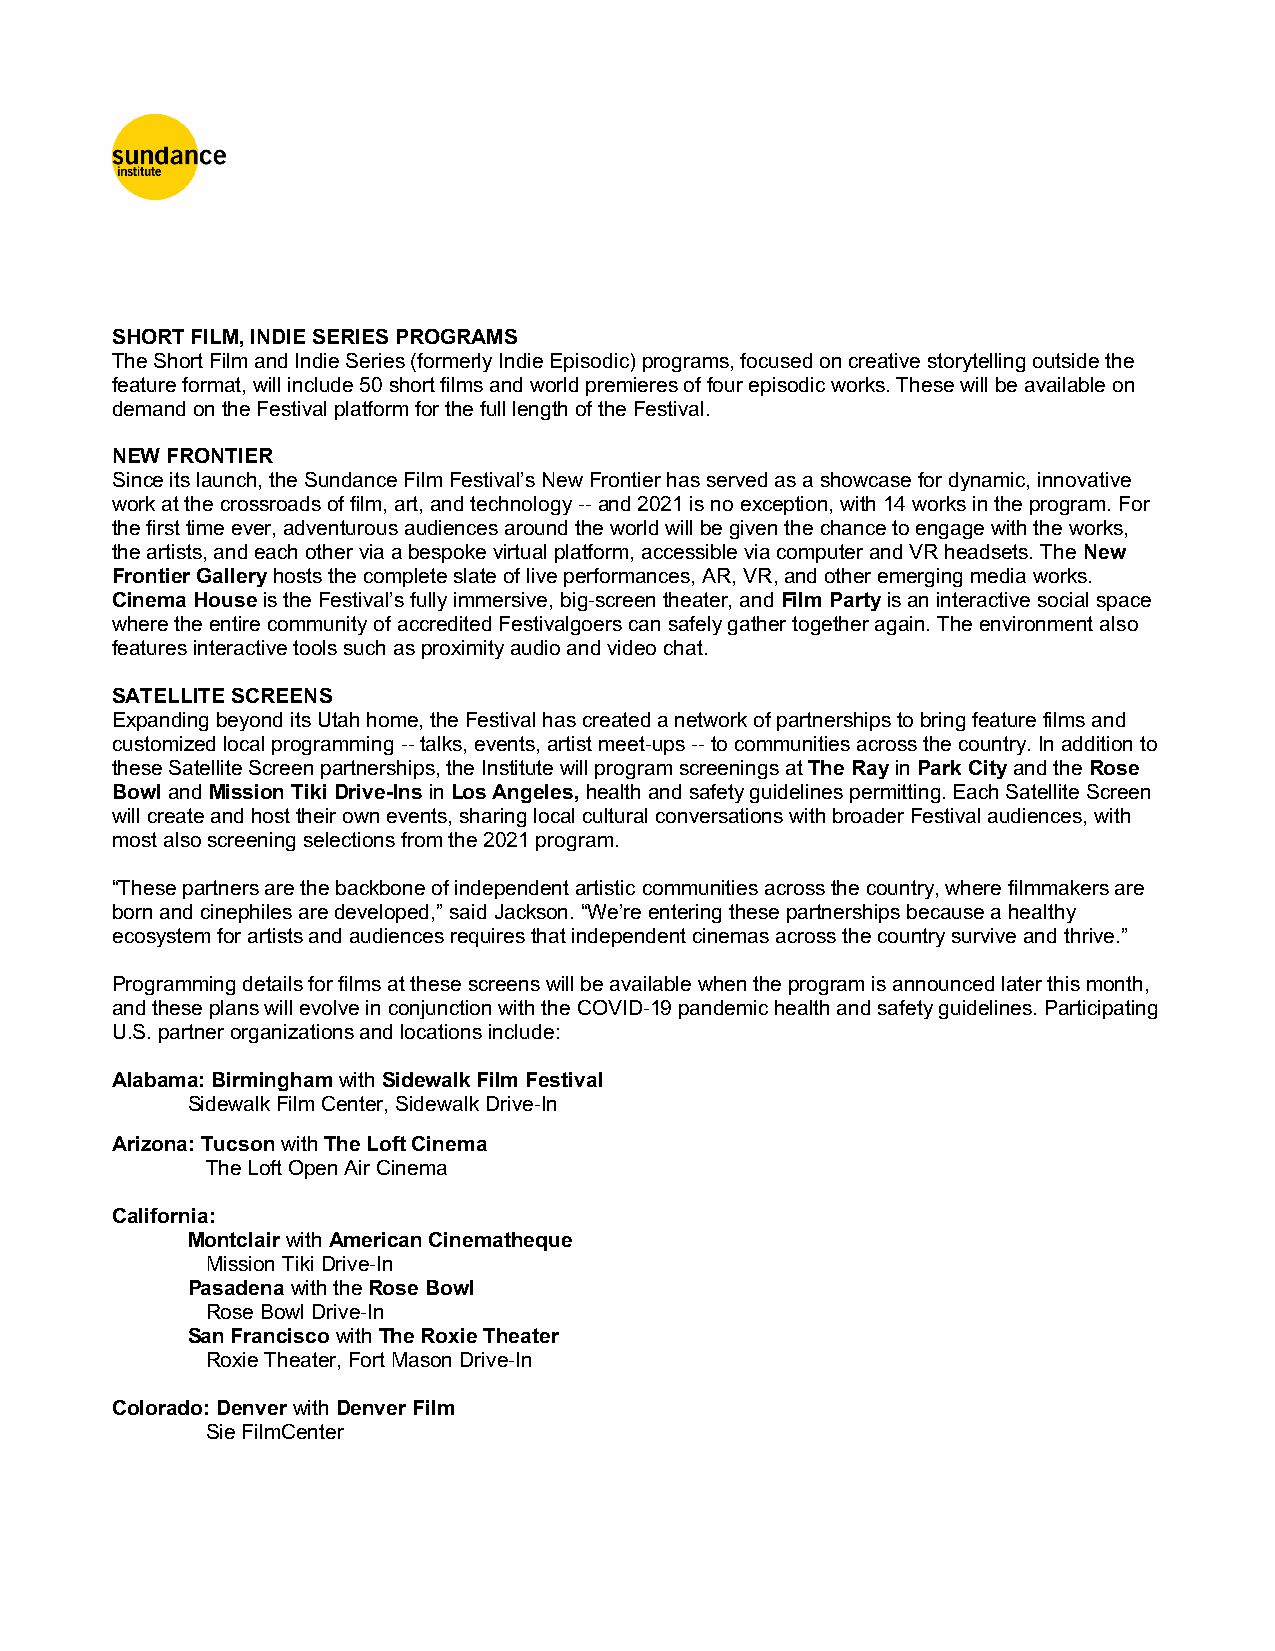
SHORT FILM, INDIE SERIES PROGRAMS
 The Short Film and Indie Series (formerly Indie Episodic) programs, focused on creative storytelling outside the
 feature format, will include 50 short films and world premieres of four episodic works. These will be available on
 demand on the Festival platform for the full length of the Festival.
 NEW FRONTIER
 Since its launch, the Sundance Film Festival’s New Frontier has served as a showcase for dynamic, innovative
 work at the crossroads of film, art, and technology -- and 2021 is no exception, with 14 works in the program. For
 the first time ever, adventurous audiences around the world will be given the chance to engage with the works,
 the artists, and each other via a bespoke virtual platform, accessible via computer and VR headsets. The New
 Frontier Gallery hosts the complete slate of live performances, AR, VR, and other emerging media works.
 Cinema House is the Festival’s fully immersive, big-screen theater, and Film Party is an interactive social space
 where the entire community of accredited Festivalgoers can safely gather together again. The environment also
 features interactive tools such as proximity audio and video chat.
 SATELLITE SCREENS
 Expanding beyond its Utah home, the Festival has created a network of partnerships to bring feature films and
 customized local programming -- talks, events, artist meet-ups -- to communities across the country. In addition to
 these Satellite Screen partnerships, the Institute will program screenings at The Ray in Park City and the Rose
 Bowl and Mission Tiki Drive-Ins in Los Angeles, health and safety guidelines permitting. Each Satellite Screen
 will create and host their own events, sharing local cultural conversations with broader Festival audiences, with
 most also screening selections from the 2021 program.
 “These partners are the backbone of independent artistic communities across the country, where filmmakers are
 born and cinephiles are developed,” said Jackson. “We’re entering these partnerships because a healthy
 ecosystem for artists and audiences requires that independent cinemas across the country survive and thrive.”
 Programming details for films at these screens will be available when the program is announced later this month,
 and these plans will evolve in conjunction with the COVID-19 pandemic health and safety guidelines. Participating
 U.S. partner organizations and locations include:
 Alabama: Birmingham with Sidewalk Film Festival
 Sidewalk Film Center, Sidewalk Drive-In
 Arizona: Tucson with The Loft Cinema
 The Loft Open Air Cinema
 California:
 Montclair with American Cinematheque
 Mission Tiki Drive-In
 Pasadena with the Rose Bowl
 Rose Bowl Drive-In
 San Francisco with The Roxie Theater
 Roxie Theater, Fort Mason Drive-In
 Colorado: Denver with Denver Film
 Sie FilmCenter